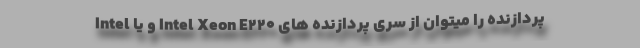
پردازنده را میتوان از سری پردازنده های Intel Xeon E220 و یا Intel